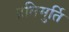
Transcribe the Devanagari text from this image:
प्रतिमुर्ति